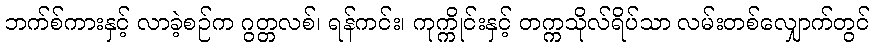
ဘက်စ်ကားနှင့် လာခဲ့စဉ်က ဂွတ္တလစ်၊ ရန်ကင်း၊ ကုက္ကိုင်းနှင့် တက္ကသိုလ်ရိပ်သာ လမ်းတစ်လျှောက်တွင်